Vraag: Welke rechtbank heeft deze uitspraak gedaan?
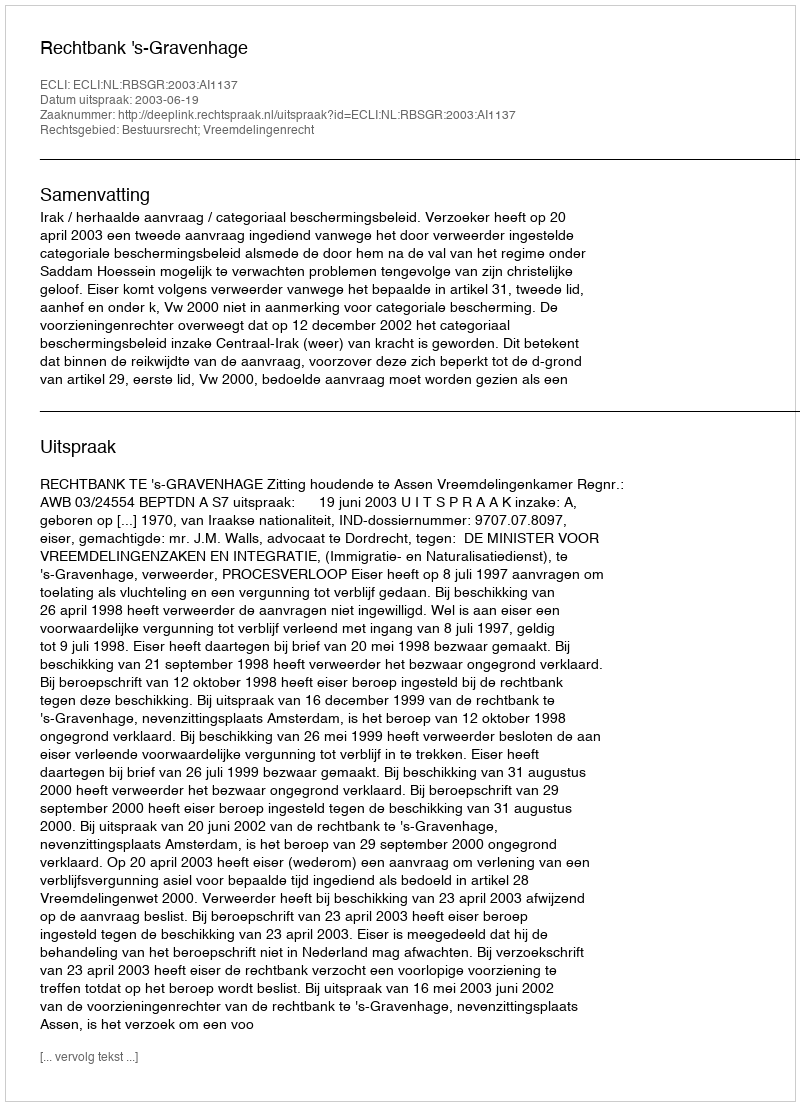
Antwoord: Rechtbank 's-Gravenhage